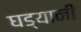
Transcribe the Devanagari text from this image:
घड्यानी